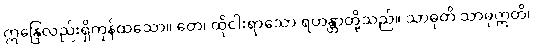
ဣန္ဒြေလည်းရှိကုန်ထသော။ တေ၊ ထိုငါးရာသော ရဟန္တာတို့သည်။ သာဓုတိ သာဓုဣတိ၊